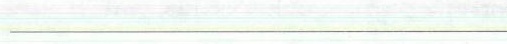
___